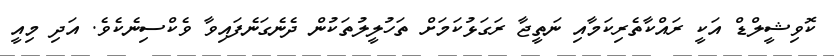
ކޮވިޝީލްޑް އަކީ ރައްކާތެރިކަމާއި ނަތީޖާ ރަގަޅުކަމަށް ތަހުލީލުތަކުން ދެނެގަނެފައިވާ ވެކްސިނެކެވެ. އަދި މިއީ